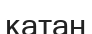
катаң